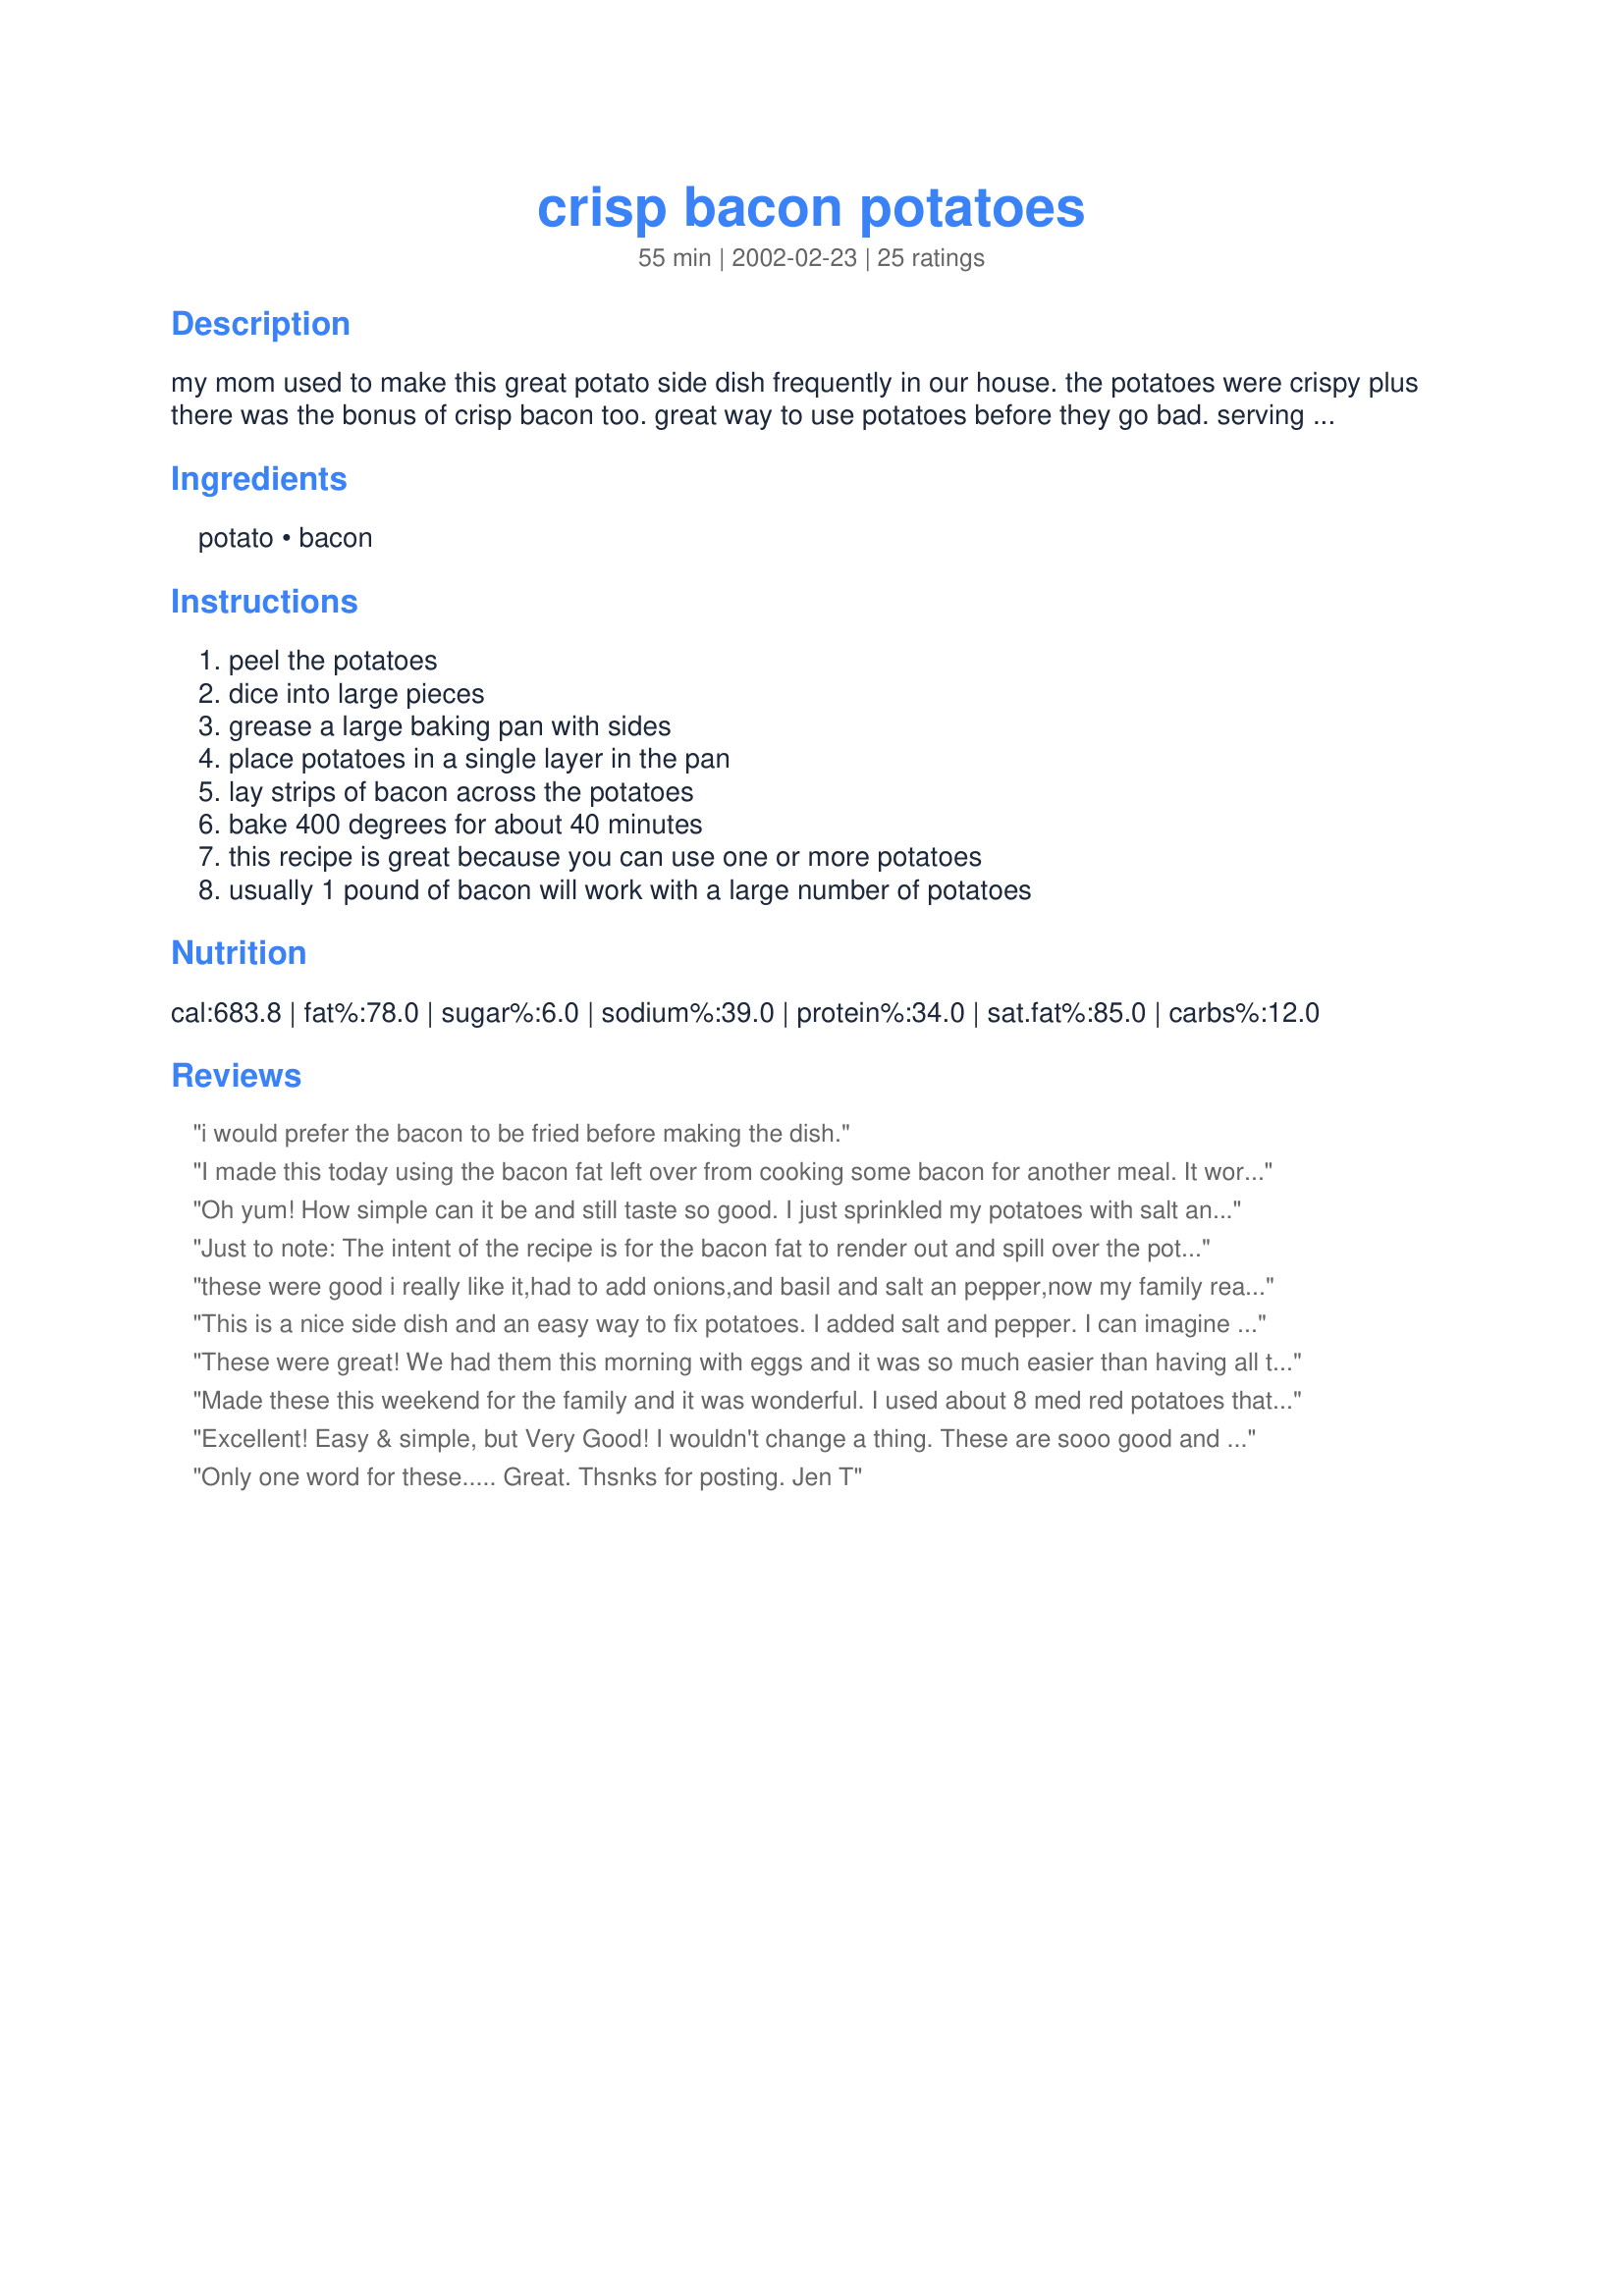
crisp bacon potatoes
Preparation time: 55 minutes

my mom used to make this great potato side dish frequently in our house. the potatoes were crispy plus there was the bonus of crisp bacon too. great way to use potatoes before they go bad. serving size depends on the number of potatoes that you dice so i put 1-6 as this field was required.

Ingredients:
potato, bacon

Steps:
peel the potatoes, dice into large pieces, grease a large baking pan with sides, place potatoes in a single layer in the pan, lay strips of bacon across the potatoes, bake 400 degrees for about 40 minutes, this recipe is great because you can use one or more potatoes, usually 1 pound of bacon will work with a large number of potatoes

Reviews:
i would prefer the bacon to be fried before making the dish.
I made this today using the bacon fat left over from cooking some bacon for another meal. It worked fine. However, I did NOT use the cooked bacon on top of the potatoes, I just tossed the potatoes in the melted fat and sitred them halfway through he cooking time. I saved some of the cooked potatoes for another meal, say, breakfast with eggs and toast. What I'll do is heaet them in the MW and toss into fry pan to re-crisi.
Oh yum! How simple can it be and still taste so good. I just sprinkled my potatoes with salt and pepper. Like somebody else suggested, I'll probably try some onions and garlic next time but they were fantastic just like this.
Just to note: The intent of the recipe is for the bacon fat to render out and spill over the potatoes while they baking thus creating a crispy outer layer to the potatoes and crisp bacon strips. Bacon that has already been cooked would not provide the bacon fat necessary to coat the potatoes so that they become crispy on the outside nor would it provide the flavor. Another possible alternative, though I have not tried this, would be to toss the potatoes in the bacon fat rendered out from the cooked bacon. Place the potatoes on the baking sheet and place the cooked bacon on top. The only problem with this method is that the bacon would more than likely burn.
these were good i really like it,had to add onions,and basil and salt an pepper,now my family really like them.i like them the way they were. the potatoe did not brown that good thanks for the recipe
This is a nice side dish and an easy way to fix potatoes. I added salt and pepper. I can imagine lots of variations like adding onions and garlic, but it was good this way.
These were great! We had them this morning with eggs and it was so much easier than having all the frying pans going at once. I used about 2 lbs. of baking potatoes and left the skins on and used one pound of bacon. I laid sliced onion on top of the potatoes and sprinkled with salt and pepper before laying on the bacon. The potatoes didn't get overly crisp, but were still awesome. The bacon needed to be a little crispier, so I just nuked it for a minute. Thanks for the simple, time saving recipe!
Made these this weekend for the family and it was wonderful. I used about 8 med red potatoes that I cooked in the microwave for about 12 minutes prior to slicing. Placed petite sliced potatoes on non stick foil lined baking pan with deiced onion, salt, pepper, garlic powder and emeril's seasoning. Cut raw bacon strips in half and laid on top of potatoes. Baked at 400 for about 45 minutes and everything was done to perfection. Was easy clean up with the foil, and I only had to make eggs and toast. Will definitely make again but not too soon since I can only imagine the calories and fat content! It was sooo worth it. Thanks for posting!
Excellent! Easy & simple, but Very Good! I wouldn't change a thing. These are sooo good and sooo easy, why would you? Thank-you Caryn.
Only one word for these..... Great. Thsnks for posting. Jen T
This recipe was easy, but I found it didn't have much flavor.
Strange, I find the crispness of the potatoes and bacon seems to change each time I make this. The first time I made it with about 3-4 medium-large potatoes and chopped them in reasonably large pieces. They were good but not "crisp" and the bacon (though well cooked) was soft. It was good but not great. The last time (this morning) I made this with two medium potatoes and one small and I believe I chopped them in smaller pieces. When I pulled it out the bacon and potatoes were crisp and it was just heavenly to eat. I'm guessing that the size of the potatoes, the size of the chunks and the size of the pan all make a difference in how this dish turns out. 
Either way it's good and a great way for a busy mom to get a hot breakfast to herself. The 45 minute cooking time really helps in that respect, everyone is done eating so I can just sit and enjoy... :)
We cooked the potatoes and bacon in foil on the grill tonight. I sliced the potatoes, seasoned them with salt and fresh ground pepper and topped them with bacon. After 30 minutes, opened the foil and cooked another 15 minutes. The next time, I would stir the potatoes after 30 mins for more even browning. Great flavor and so easy! Thanks Caryn !
My family loves bacon so this was a real hit with them. My bacon must have been really lean because I didn't get very much bacon grease from it butthe potatoes were delicious anyway. I did add onions, parsley, garlic and seasonings. Thanks for sharing!
Made this using red skinned potatoes and I didn't peel them. It did not get as crisp as I think it was suppose to, maybe not peeling the potatoes or the type of potatoes I used caused this. But the flavor was all there. I acually liked the texture. My nephews couldn't stop eating them. This is definitly a keeper. The bacon crisped just fine and that is waiting for breakfast tomorrow.
Unbelievably delicious for how easy they are! The potatoes were crispy on the outside and really tender on the inside and sooooo tasty!
Great recipe. Thanks.
I wish we could get un cooked bacon here in Japan . I miss crispy potato dishes so much.
very easy, but not a lot of flavor.
These are good and simple. I used 3 potatoes and 3 pieces of bacon. The bacon slightly browned the tops of the potatoes. The grease from the bacon was not overpowering. Good, quick and simple. This one is a keeper. Thanks.
It would have been better (I think) to fry the bacon first.
I will definatly make this one again.My family loves potatoes and this was right up our alley.After it came from the oven I added some cheese and sour cream.This going in my permanent cooking file.Thanks for sharing.
simple,delish i did add some chopped garlic and i tried them both plain and with baked potato toppings will be making this often just wonderful
I made this for breakfast yesterday and the family really enjoyed it. 
I mixed red and green peppers with the potatoes and also added onion. I removed the bacon when it got crispy and cooked the potatoes under the broiler for an additional 5 minutes to give them additional crisping. It was a super easy way to fix breakfast bacon and potatoes and the flavor was great. Love the simplicity, will be making these again. Thanks for posting!
I used 1 large potato and 3 slices of bacon. The bacon was good but the potatoes were mushy, not crispy. Guess if potatoes are going to be mushy I prefer mashed or scalloped... This IS quick and easy though.
